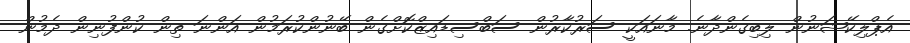
އެޕްލިކޭޝަނުން ލިބިގެންދާނެ. މާނައަކީ ސަރުކާރުން ސަބްސިޑައިޒްކޮށްގެން ބޭނުންކުރަމުން އަންނަ ތިން ކުންފުނިން ދެމުން